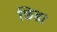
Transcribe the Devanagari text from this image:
छिडा